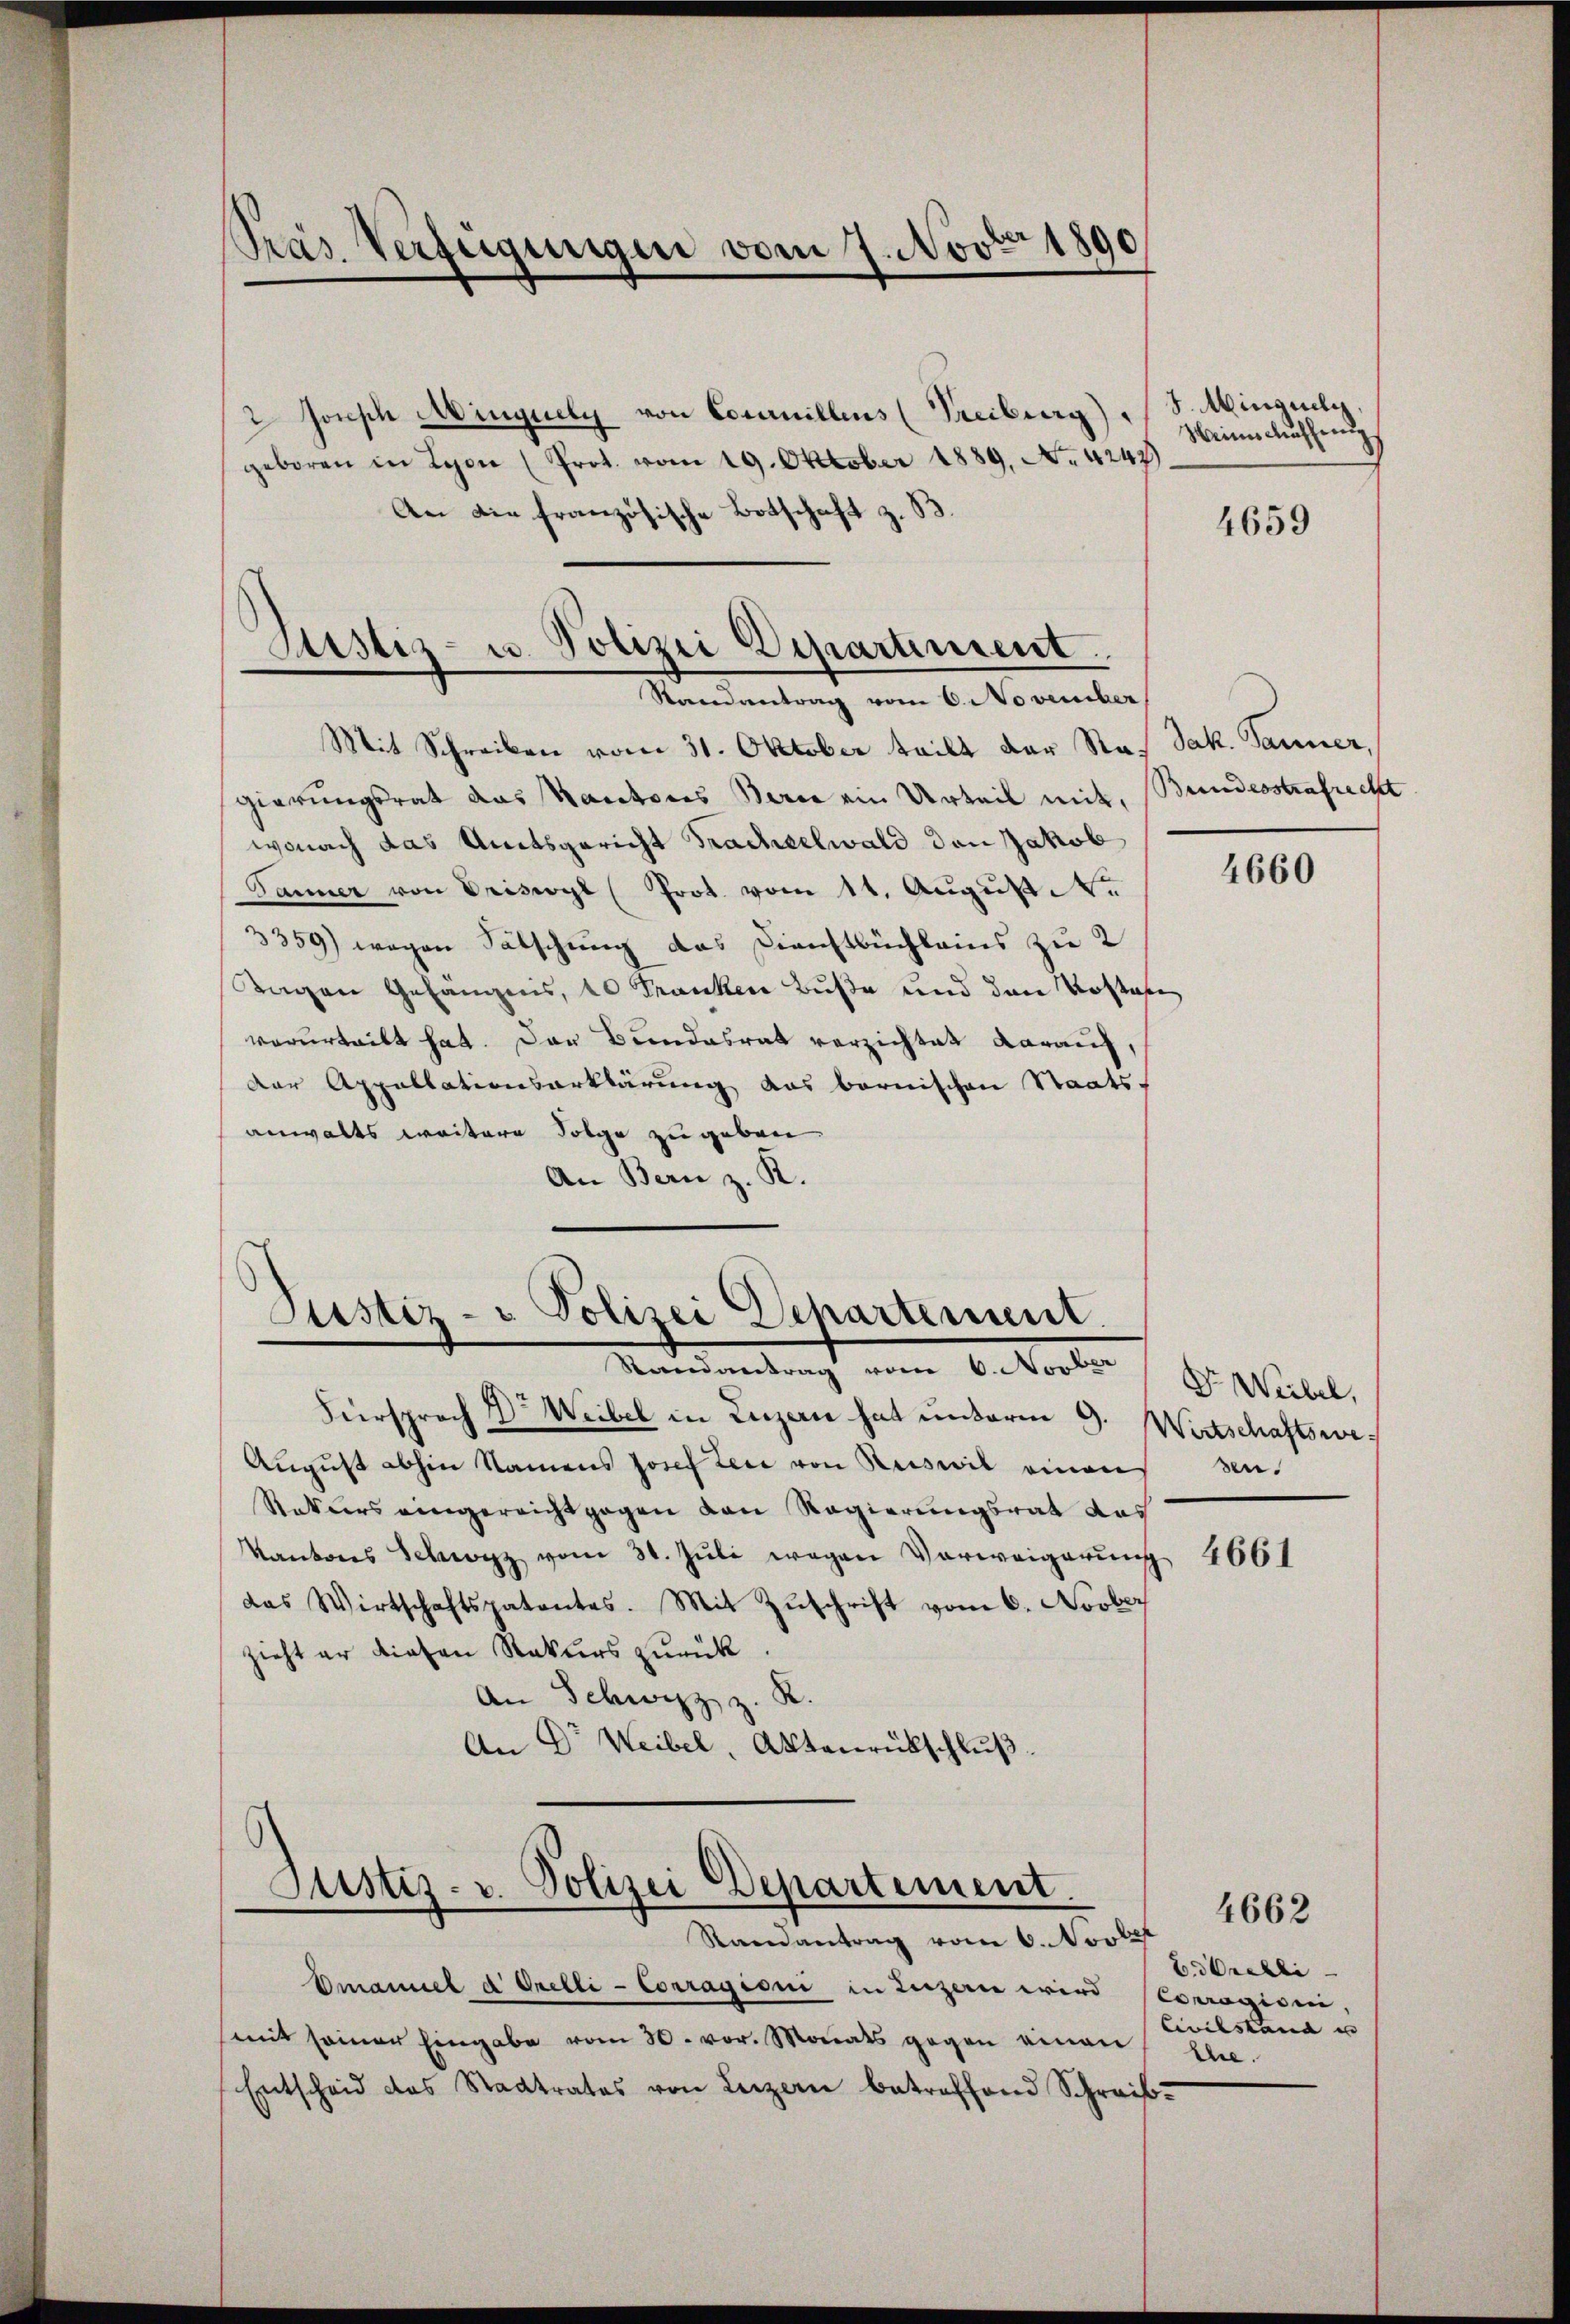
Präs. Verfügungen vom 7. Novbr 1890

Polizei Departement.
Justiz- u.
.
Samantrag vom 6. November

2 Jonsch Minguely von Commillens (Freiburg) S. Minguely,
geboren in Lyon (Prot. vom 19. Oktober 1889, No 4247)
An die französische Botschaft z. B.
Mit Schreiben vom 31. Oktober teilt der Ragierungsrat das Kantons Berne ein Urteil mit,
wonach das Amtsgericht Tracheelwald den Jakob
Panner von Priswyl (Prot. vom 11. August
3359) wegen Sätschung das Dienstbüchleins zu 2
Tagen Gefängnis, 10 Franken Buße und den Kostan
verurteilt hat. Das Bundesrat verzichtet darauf,
Der Appellationserklärung das bernischen Staats-
anwalts weitere Folge zu geben.
An Bern z. R.

Justiz- u Polizei Departement
Maendung von betreten

.
Justiz- u. Polizei Departement.
Randantrag vom 6. Novber

Fürsprach Dr Weibel in Luzern hat unterm 9. Wirtschaftswe¬
August abhin Namens Josef Leid von Ruswil einen sen.
Rakters eingereicht gegen den Regierungsrat das
Kantons Schwyz vom 31. Jŭli wegen Verweigerŭng
das Wirtschaftspatentes. Mit Zŭschrift vom 6. Novber
zieht er diesen Rekurs zurück.
An Schwyz z. R.
An Dr Weibel, Aktenrückschluß

Emanuel d Orelli - Corragioni in Liezeren wird (Couragioni,
(mit seiner Eingabe vom 30. vor. Monats gegen einen Ehe.
Entscheid des Stadtrates von Luzern betreffend Schreib-

Weine Aufhei

4659

Jak. Tanner,
Bundesstrafrecht

4660

Dr Weibel,

4661

4662

EOrelli
Civilstand un